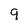
Character: g